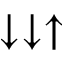
\downarrow \downarrow \uparrow